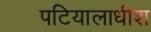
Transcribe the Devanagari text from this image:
पटियालाधीश